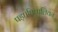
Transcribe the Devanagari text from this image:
पड़ा।पिप्पलिवन